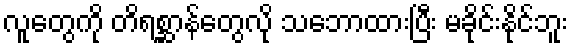
လူတွေကို တိရစ္ဆာန်တွေလို သဘောထားပြီး မခိုင်းနိုင်ဘူး